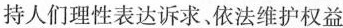
持人们理性表达诉求、依法维护权益